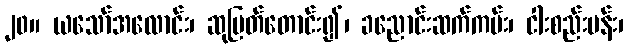
၂၀။ ယသော်အလောင်း၊ ဆုမြတ်တောင်း၍၊ ခညောင်းဆက်ကမ်း၊ ငါးစည်းပန်း၊